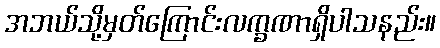
အဘယ်သို့မှတ်ကြောင်းလက္ခဏာရှိပါသနည်း။